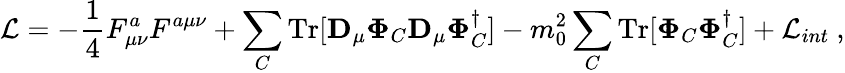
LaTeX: {\cal L}=-\frac 14F_{\mu\nu}^{a}F^{a\mu\nu}+\sum_{C}\mathrm{Tr}[{\mathbf D}_{\mu}{\mathbf\Phi}_{C}{\mathbf D}_{\mu}{\mathbf\Phi}_{C}^{\dagger}]-m_{0}^{2}\sum_{C}\mathrm{Tr}[{\mathbf\Phi}_{C}{\mathbf\Phi}_{C}^{\dagger}]+{\cal L}_{int}\ ,